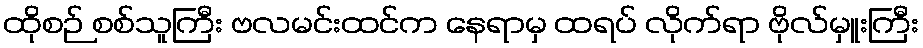
ထိုစဉ် စစ်သူကြီး ဗလမင်းထင်က နေရာမှ ထရပ် လိုက်ရာ ဗိုလ်မှူးကြီး